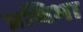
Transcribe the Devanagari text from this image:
प्रथिभा